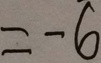
= - 6